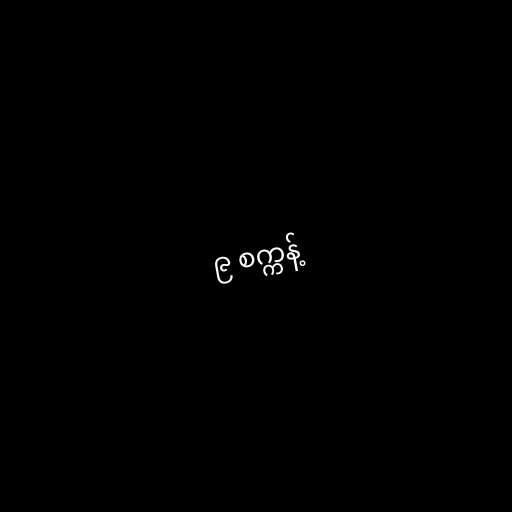
၉ စက္ကန့်